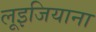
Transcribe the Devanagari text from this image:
लूइजियाना